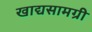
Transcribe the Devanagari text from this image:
खाद्यसामग्री